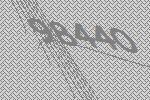
98440